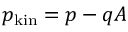
p _ { \mathrm { k i n } } = p - q A \,